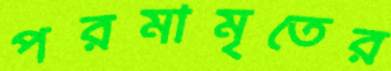
পরমামৃতের